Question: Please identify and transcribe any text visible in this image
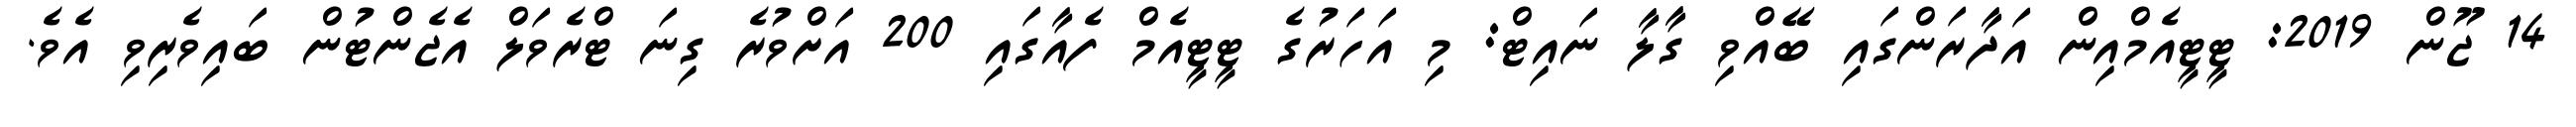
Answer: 14 ޖޫން 2019: ޓީޓީއެމްއިން އަދާރަންގައި ބޭއްވި ގާލާ ނައިޓް: މި އަހަރުގެ ޓީޓީއެމް ފެއާގައި 200 އަށްވުރެ ގިނަ ޓްރެވަލް އެޖެންޓުން ބައިވެރިވި އެވެ.